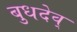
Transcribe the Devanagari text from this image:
बुधदेव्